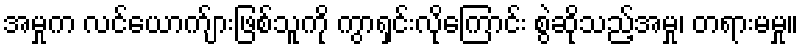
အမှုက လင်ယောက်ျားဖြစ်သူကို ကွာရှင်းလိုကြောင်း စွဲဆိုသည့်အမှု၊ တရားမမှု။